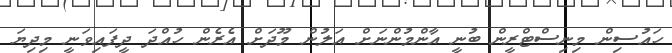
ހައުސިން މިނިސްޓްރީން ބުނީ އާންމުންނަށް އަލުން މޫދަށް އެރެން ހުއްދަ ދީފައިވަނީ މިދިޔަ